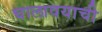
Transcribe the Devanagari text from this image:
घालावयाची